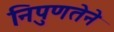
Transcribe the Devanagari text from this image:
निपुणतेने